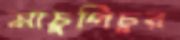
মাচুপিচুর